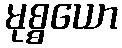
မုစ္စယော